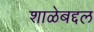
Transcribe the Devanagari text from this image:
शाळेबद्दल